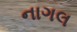
નાગલ